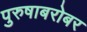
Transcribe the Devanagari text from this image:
पुरुषाबरोबर